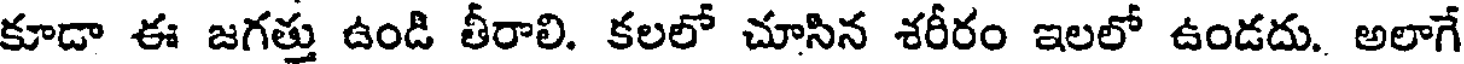
కూడా ఈ జగత్తు ఉండి తీరాలి. కలలో చూసిన శరీరం ఇలలో ఉండదు. అలాగే